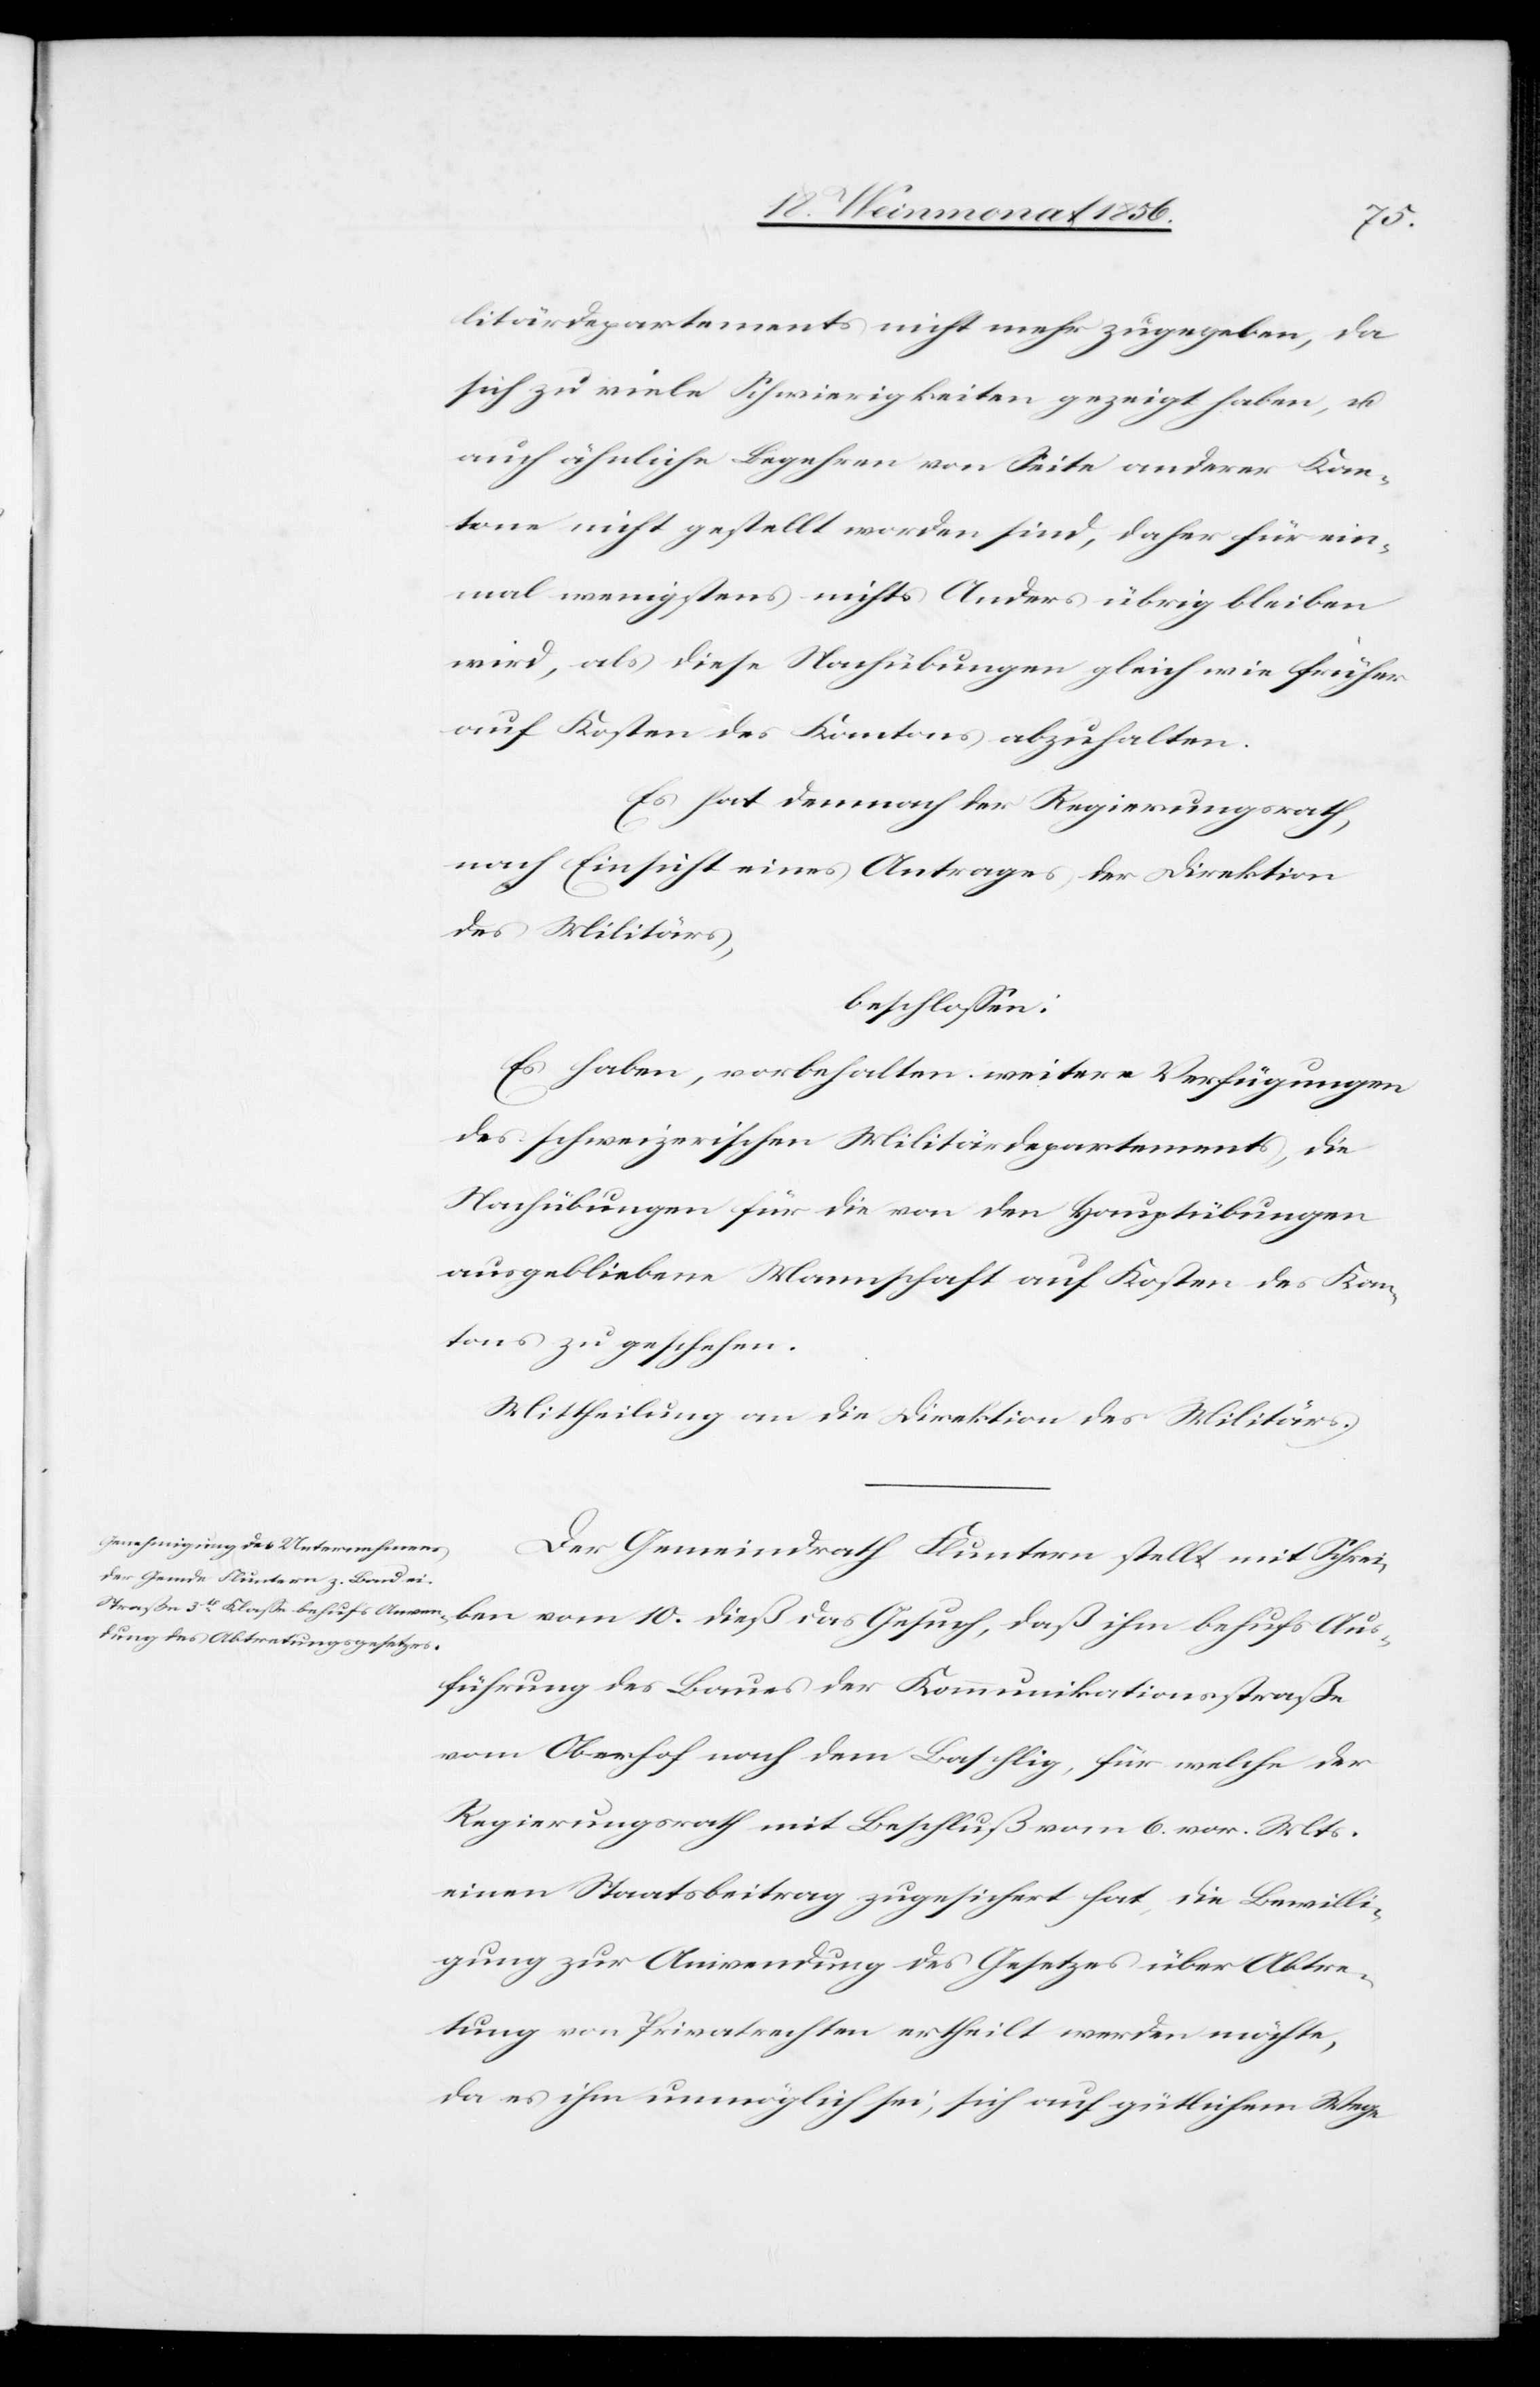
Aus¬
litärdepartements nicht mehr zugegeben, da
sich zu viele Schwierigkeiten gezeigt haben, u.
auch ähnliche Begehren von Seite anderer Kan¬
tone nicht gestellt worden sind, daher für ein¬
mal wenigstens nichts Anders übrig bleiben
wird, als diese Nachübungen gleich wie früher
auf Kosten des Kantons abzuhalten.
Es hat demnach der Regierungsrath,
nach Einsicht eines Antrages der Direktion
des Militärs,
beschlossen:
Es haben, vorbehalten weitere Verfügungen
des schweizerischen Militärdepartements, die
Nachübungen für die von den Hauptübungen
ausgebliebene Mannschaft auf Kosten des Kan¬
tons zu geschehen.
Mittheilung an die Direktion des Militärs.
Der Gemeindrath Fluntern stellt mit Schreiben
führung des Baues der Kommunikationsstraße
vom Oberhof nach dem Baschlig, für welche der
Regierungsrath mit Beschluß vom 6. vor. Mts.
einen Staatsbeitrag zugesichert hat, die Bewilli¬
gung zur Anwendung des Gesetzes über Abtre¬
tung von Privatrechten ertheilt werden möchte,
da es ihm unmöglich sei, sich auf gütlichem Wege